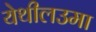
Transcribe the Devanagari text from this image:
येथीलउमा